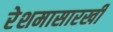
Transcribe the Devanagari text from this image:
रेशमासारखी